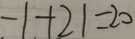
- 1 + 2 1 = 2 0